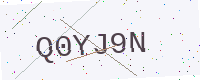
Text: Q0YJ9N